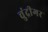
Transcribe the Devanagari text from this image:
चुंद्रीगर